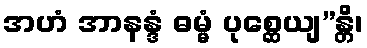
အဟံ အာနန္ဒံ ဓမ္မံ ပုစ္ဆေယျ”န္တိ၊